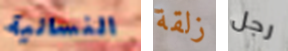
النسائية زلقة رجل